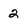
Character: 2